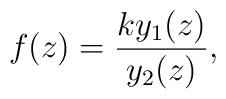
f(z) = \frac{k y_1(z)}{y_2(z)},